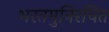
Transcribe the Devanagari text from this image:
भरतमुनिरचित